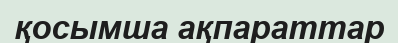
қосымша ақпараттар